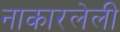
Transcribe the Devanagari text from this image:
नाकारलेली